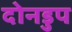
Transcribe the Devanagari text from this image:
दोनडुप